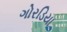
ગોરડિયા